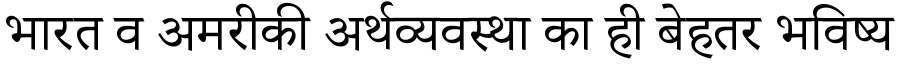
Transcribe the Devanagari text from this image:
भारत व अमरीकी अर्थव्यवस्था का ही बेहतर भविष्य